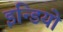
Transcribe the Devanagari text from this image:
इन्डियो